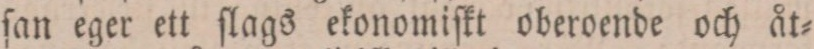
ſan eger ett ſlags ekonomiſkt oberoende och åt=